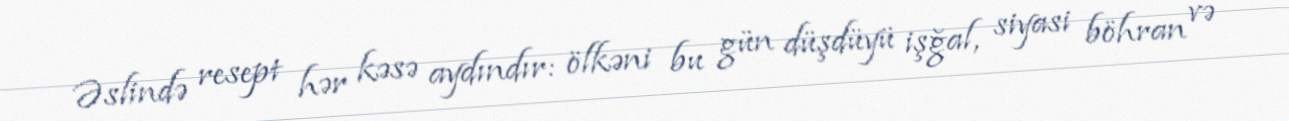
Əslində resept hər kəsə aydındır: ölkəni bu gün düşdüyü işğal, siyasi böhran və